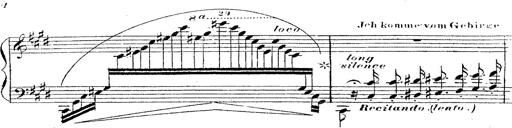
Title: 12 Lieder von Franz Schubert
Composer: Franz Liszt